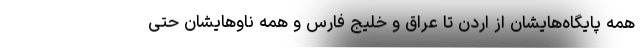
همه پایگاه‌هایشان از اردن تا عراق و خلیج فارس و همه ناوهایشان حتی